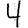
Digit: 4